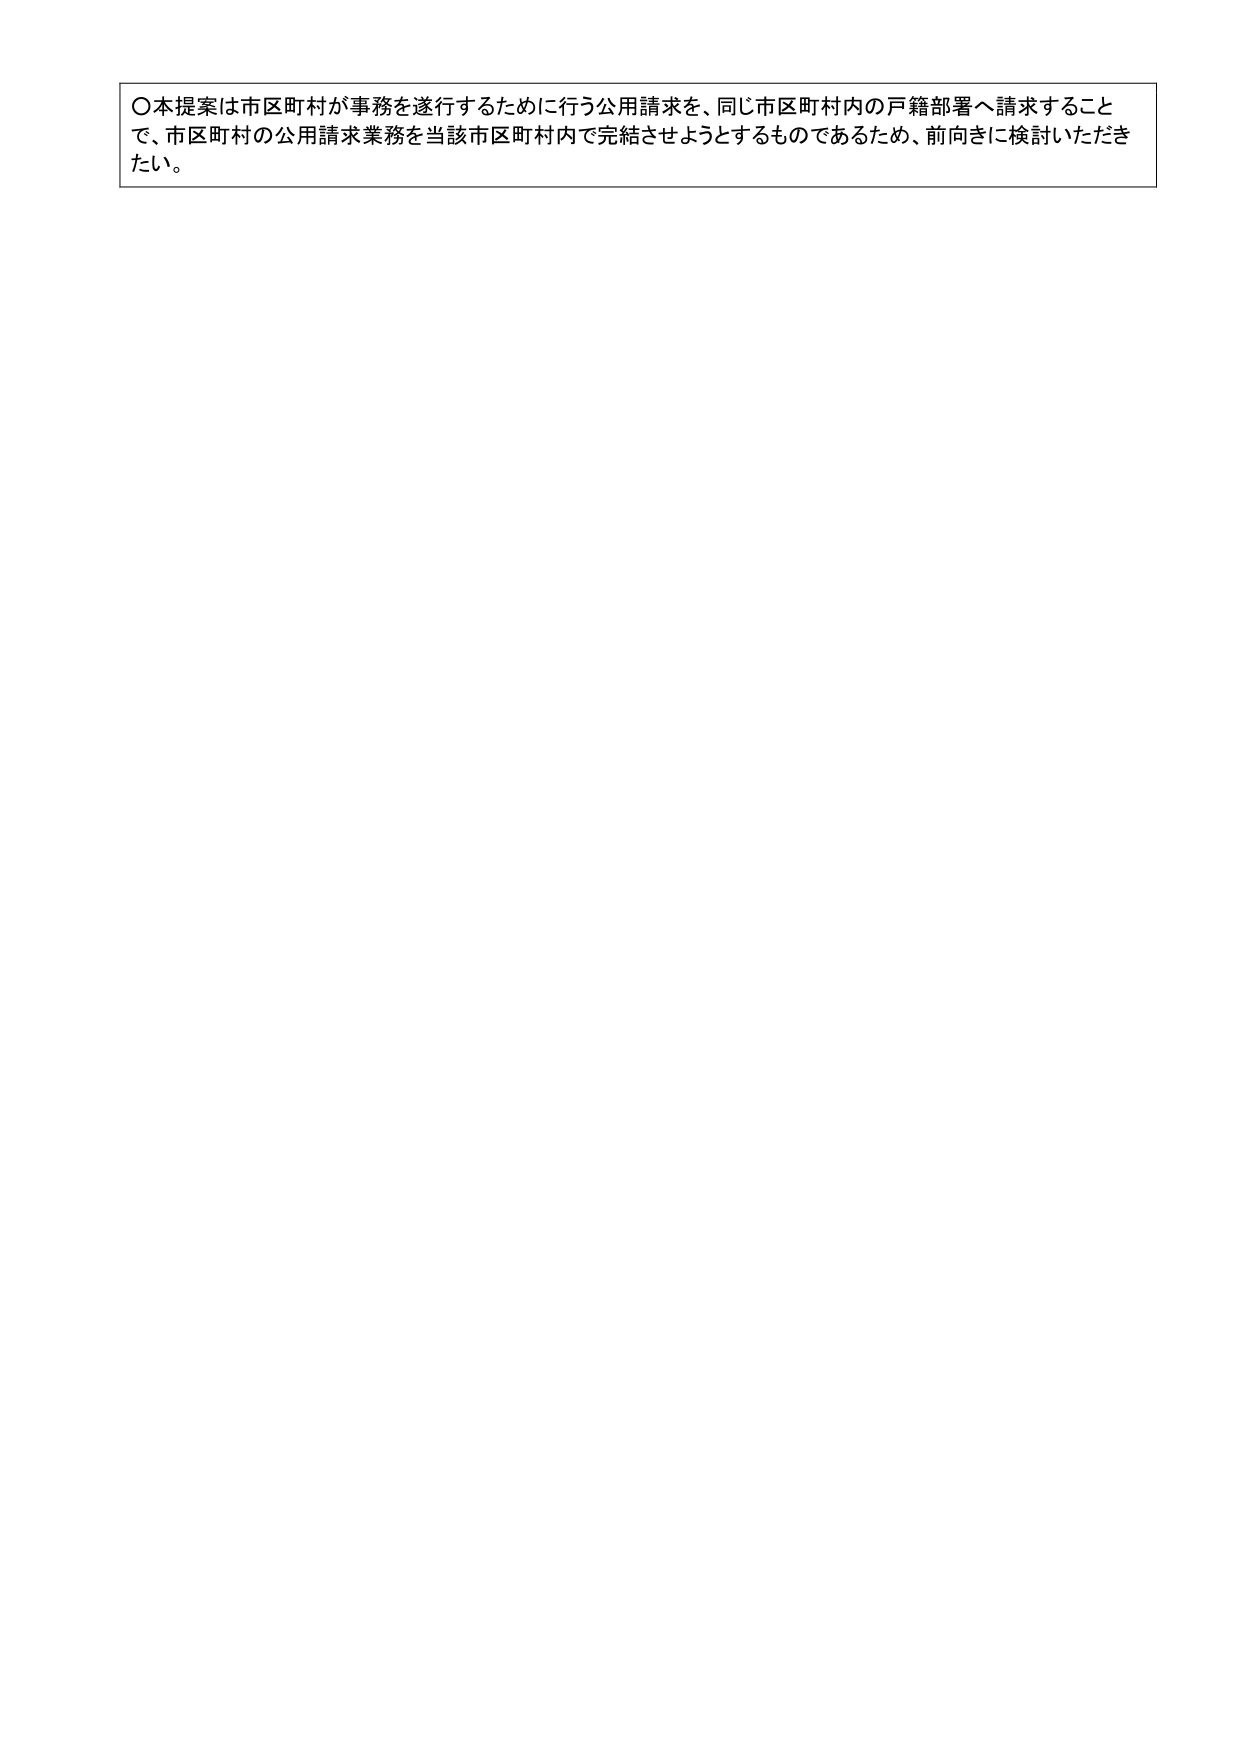
〇本提案は市区町村が事務を遂行するために行う公用請求を、同じ市区町村内の戸籍部署へ請求することで、市区町村の公用請求業務を当該市区町村内で完結させようとするものであるため、前向きに検討いただきたい。